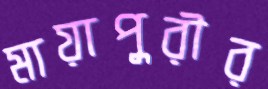
মায়াপুরীর